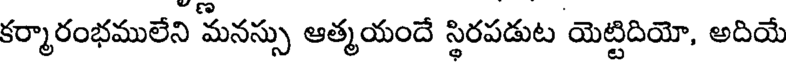
కర్మారంభములేని మనస్సు ఆత్మయందే స్థిరపడుట యెట్టిదియో, అదియే